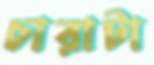
চারাটা